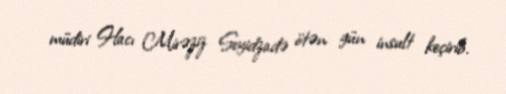
müdiri Hacı Mirəziz Seyidzadə ötən gün insult keçirib.